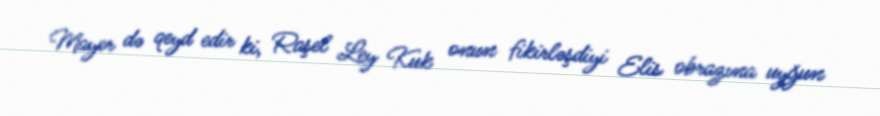
Mayer də qeyd edir ki, Raşel Ley Kuk onun fikirləşdiyi Elis obrazına uyğun